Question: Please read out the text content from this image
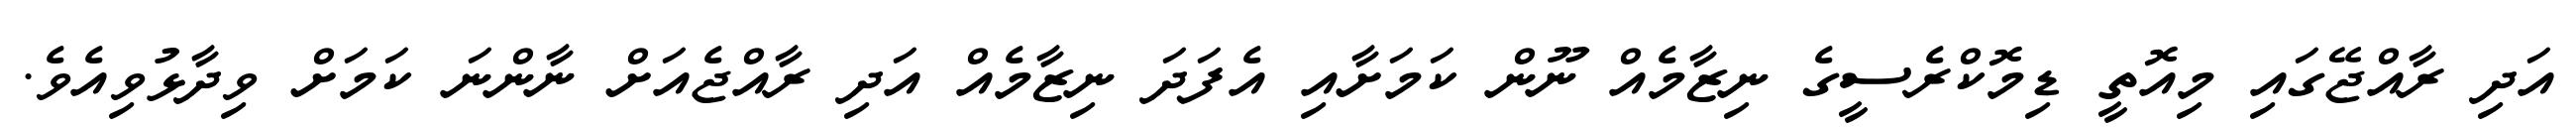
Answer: އަދި ރާއްޖޭގައި މިއޮތީ ޑިމޮކްރެސީގެ ނިޒާމެއް ނޫން ކަމަށާއި އެފަދަ ނިޒާމެއް އަދި ރާއްޖެއަށް ނާންނަ ކަމަށް ވިދާޅުވިއެވެ.